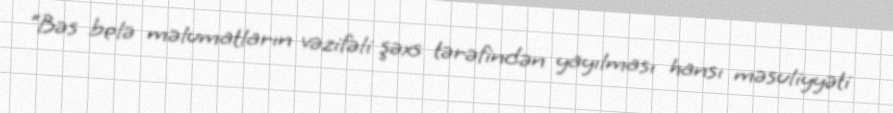
“Bəs belə məlumatların vəzifəli şəxs tərəfindən yayılması hansı məsuliyyəti